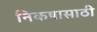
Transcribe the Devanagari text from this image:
निकषासाठी